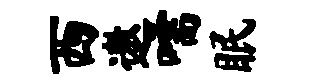
西遨嚅眠